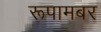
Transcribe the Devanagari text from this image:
रूपामबर